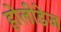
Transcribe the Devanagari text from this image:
होलीडेज